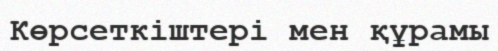
Көрсеткіштері мен құрамы